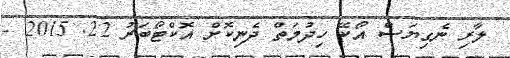
ލާރި ނެގިޔަސް އޯކޭ ހިދުމަތް ދެނިކޮށް އޮކްޓޯބަރު 22